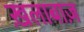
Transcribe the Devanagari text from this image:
ख़लाबाज़